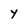
Character: Y